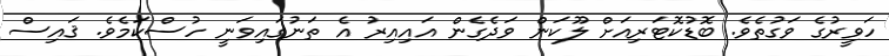
ހަވީރުގެ ވަގުތެވެ. ބޮޑުކޮޓަރިއަށް ލޫކަން ވަދެގެން އައިއިރު އެ ތަނުގައިވަނީ ހުސްކަމެވެ. ޤައިސް